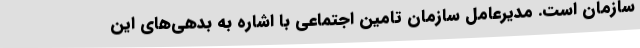
سازمان است. مدیرعامل سازمان تامین اجتماعی با اشاره به بدهی‌های این